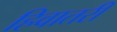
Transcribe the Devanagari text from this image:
हिवातरी